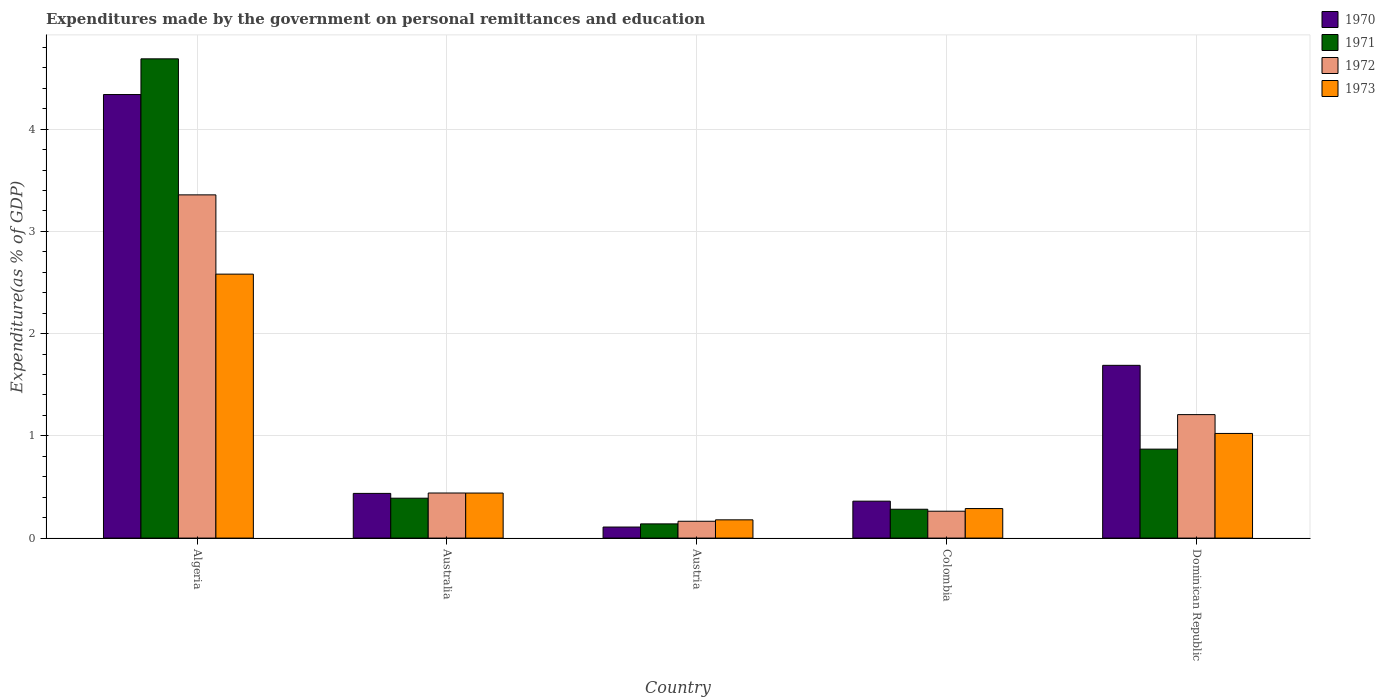
| Country | 1970 | 1971 | 1972 | 1973 |
 | --- | --- | --- | --- | --- |
 | Algeria | 4.34 | 4.69 | 3.36 | 2.58 |
 | Australia | 0.437 | 0.39 | 0.441 | 0.441 |
 | Austria | 0.108 | 0.139 | 0.165 | 0.179 |
 | Colombia | 0.361 | 0.282 | 0.263 | 0.289 |
 | Dominican Republic | 1.69 | 0.87 | 1.21 | 1.02 |